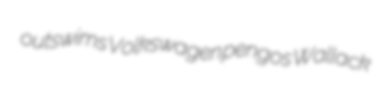
outswims Volkswagen pengos Wallack